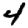
Digit: 4